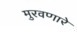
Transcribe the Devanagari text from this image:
मुरवणारे